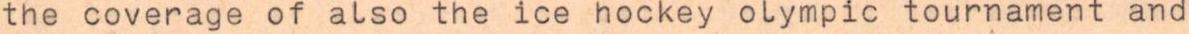
the coverage of also the ice hockey olympic tournament and